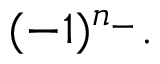
( - 1 ) ^ { n _ { - } } .